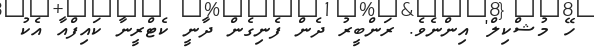
ހޭ މުޝްކިލް' އިންނެވެ. ރަންބީރު ދެން ފެނިގެން ދާނީ ކެޓްރީނާ ކައިފްއާ އެކު